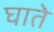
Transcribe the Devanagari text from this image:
घाते